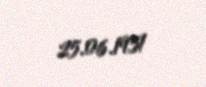
25.06.1951